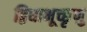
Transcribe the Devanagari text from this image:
द्विधाभूच्छृणु